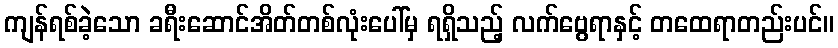
ကျန်ရစ်ခဲ့သော ခရီးဆောင်အိတ်တစ်လုံးပေါ်မှ ရရှိသည့် လက်ဗွေရာနှင့် တထေရာတည်းပင်။